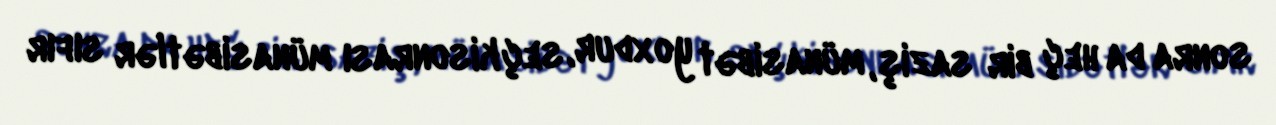
sonra da heç bir saziş, münasibət yoxdur, seçkisonrası münasibətlər sıfır